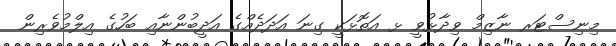
މިނިސްޓަރ ނާޒިމް ވިދާޅުވީ ޅ އަތޮޅަކީ ގިނަ އަދަދެއްގެ އަދީބުންނާއި ބަހުގެ އިލްމުވެރިން